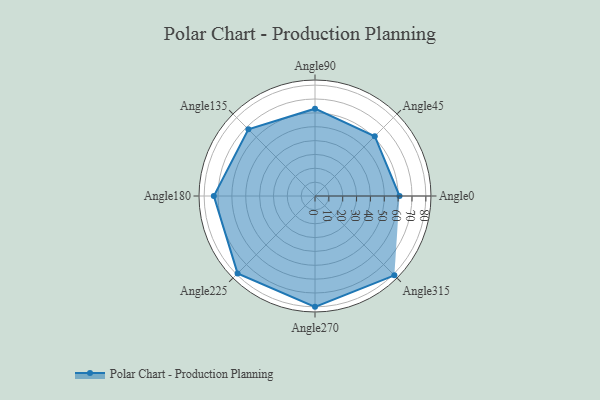
{"axis": {"x": "Angle", "y": "Radius"}, "legend": [""], "data": [{"x": "Angle0", "y": 61.0, "type": ""}, {"x": "Angle45", "y": 61.0, "type": ""}, {"x": "Angle90", "y": 63.0, "type": ""}, {"x": "Angle135", "y": 68.0, "type": ""}, {"x": "Angle180", "y": 73.0, "type": ""}, {"x": "Angle225", "y": 79.0, "type": ""}, {"x": "Angle270", "y": 80.0, "type": ""}, {"x": "Angle315", "y": 81.0, "type": ""}]}